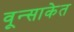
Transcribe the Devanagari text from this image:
वून्साकेत